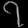
Digit: ၇